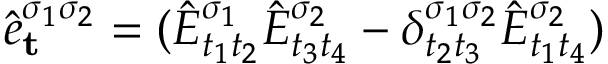
\hat { e } _ { \mathbf { t } } ^ { \sigma _ { 1 } \sigma _ { 2 } } = ( \hat { E } _ { t _ { 1 } t _ { 2 } } ^ { \sigma _ { 1 } } \hat { E } _ { t _ { 3 } t _ { 4 } } ^ { \sigma _ { 2 } } - \delta _ { t _ { 2 } t _ { 3 } } ^ { \sigma _ { 1 } \sigma _ { 2 } } \hat { E } _ { t _ { 1 } t _ { 4 } } ^ { \sigma _ { 2 } } )